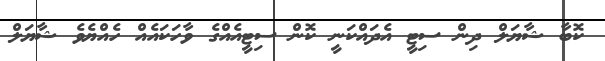
ކޮބާ ޝާޔަލް ދިން ސިޓީ އެދައްކަނީ ކޮން ސިޓީއެއްގެ ވާހަކައެއް ހެއްޔެވެ ޝާޔަލް